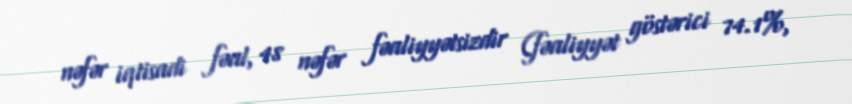
nəfər iqtisadi fəal, 48 nəfər fəaliyyətsizdir (fəaliyyət göstərici 74.1%,